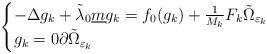
LaTeX: \begin{align*}\begin{cases}-\Delta g_k + \tilde{\lambda}_0 \underline{m} g_k= f_0(g_k) + \frac{1}{M_k} F_k \tilde{\Omega}_{\varepsilon_k} \\g_k = 0 \partial\tilde{\Omega}_{\varepsilon_k}\end{cases}\end{align*}